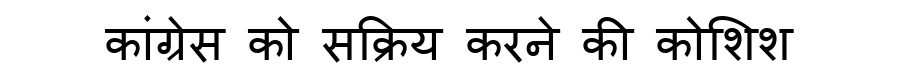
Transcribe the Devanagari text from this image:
कांग्रेस को सक्रिय करने की कोशिश